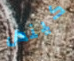
كيندل